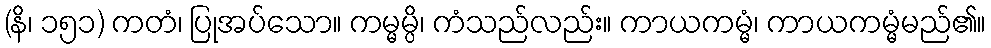
(နိ၊ ၁၅၁) ကတံ၊ ပြုအပ်သော။ ကမ္မမ္ပိ၊ ကံသည်လည်း။ ကာယကမ္မံ၊ ကာယကမ္မံမည်၏။